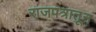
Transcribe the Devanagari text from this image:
राजपत्रातून